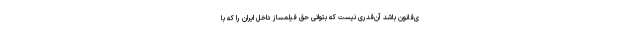
ی‌قانون باشد آن‌قدری نیست که بتوانی حق فیلمساز داخل ایران را که با